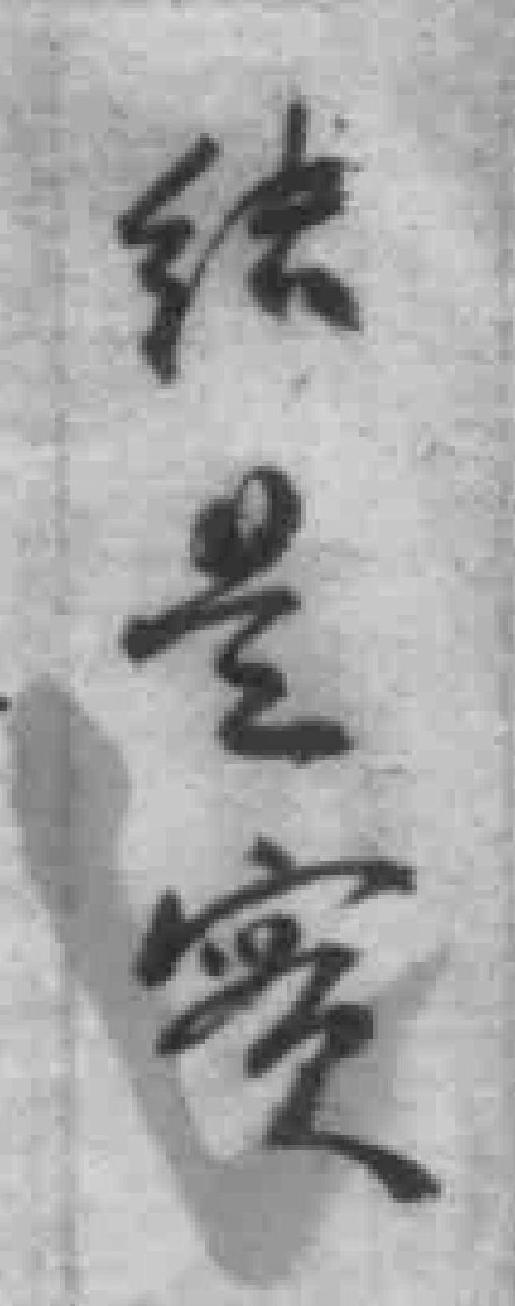
结是實